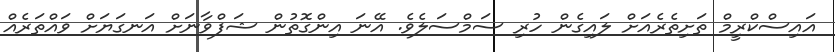
އައިސްކްރީމް ތަށިތެރެއަށް ލައިގެން ހުރި ސަމްސަލެވެ. އޭނަ އިންގޮތުން ޝަފްވާނަށް އަނގަޔަށް ވައްތަރެއް